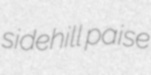
sidehill paise